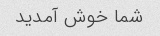
شما خوش آمدید